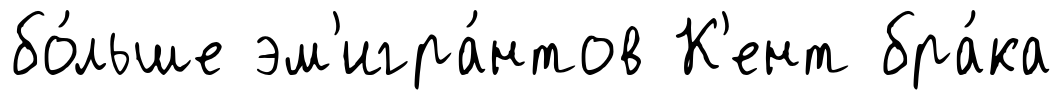
бо́льше эм'игра́нтов К'ент бра́ка